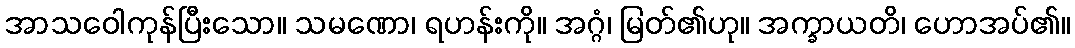
အာသဝေါကုန်ပြီးသော။ သမဏော၊ ရဟန်းကို။ အဂ္ဂံ၊ မြတ်၏ဟု။ အက္ခာယတိ၊ ဟောအပ်၏။